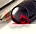
هنا